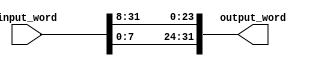
module Rotate #(parameter n = 8) ( input [31:0] input_word,output [31:0] output_word);

 assign output_word = {input_word[n-1:0], input_word[31:n]};


endmodule